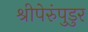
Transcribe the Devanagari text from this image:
श्रीपेरुंपुडुर